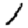
Digit: 1